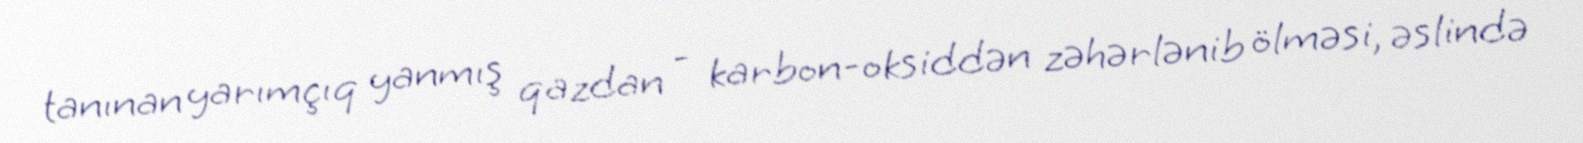
tanınan yarımçıq yanmış qazdan - karbon-oksiddən zəhərlənib ölməsi, əslində